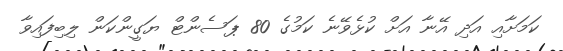
ކަމަށާއި އަދި އޭނާ އަށް ކުޅެވޭނެ ކަމުގެ 80 ޕަސެންޓް ޔަގީންކަން ލިބިފައިވާ